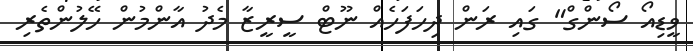
ވީޑިއޯ ސޯންގް" ގައި ރަން ދިހަފަހެއް ނޫޓް ސީރީޒާ މެދު އާންމުން ހޭލުންތެރި